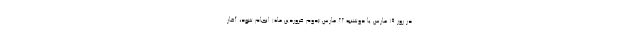
در روز ۱۹ مارس یا دوشنبه ۲۲ مارس (دوم فروردین ماه) انجام شود، آغاز